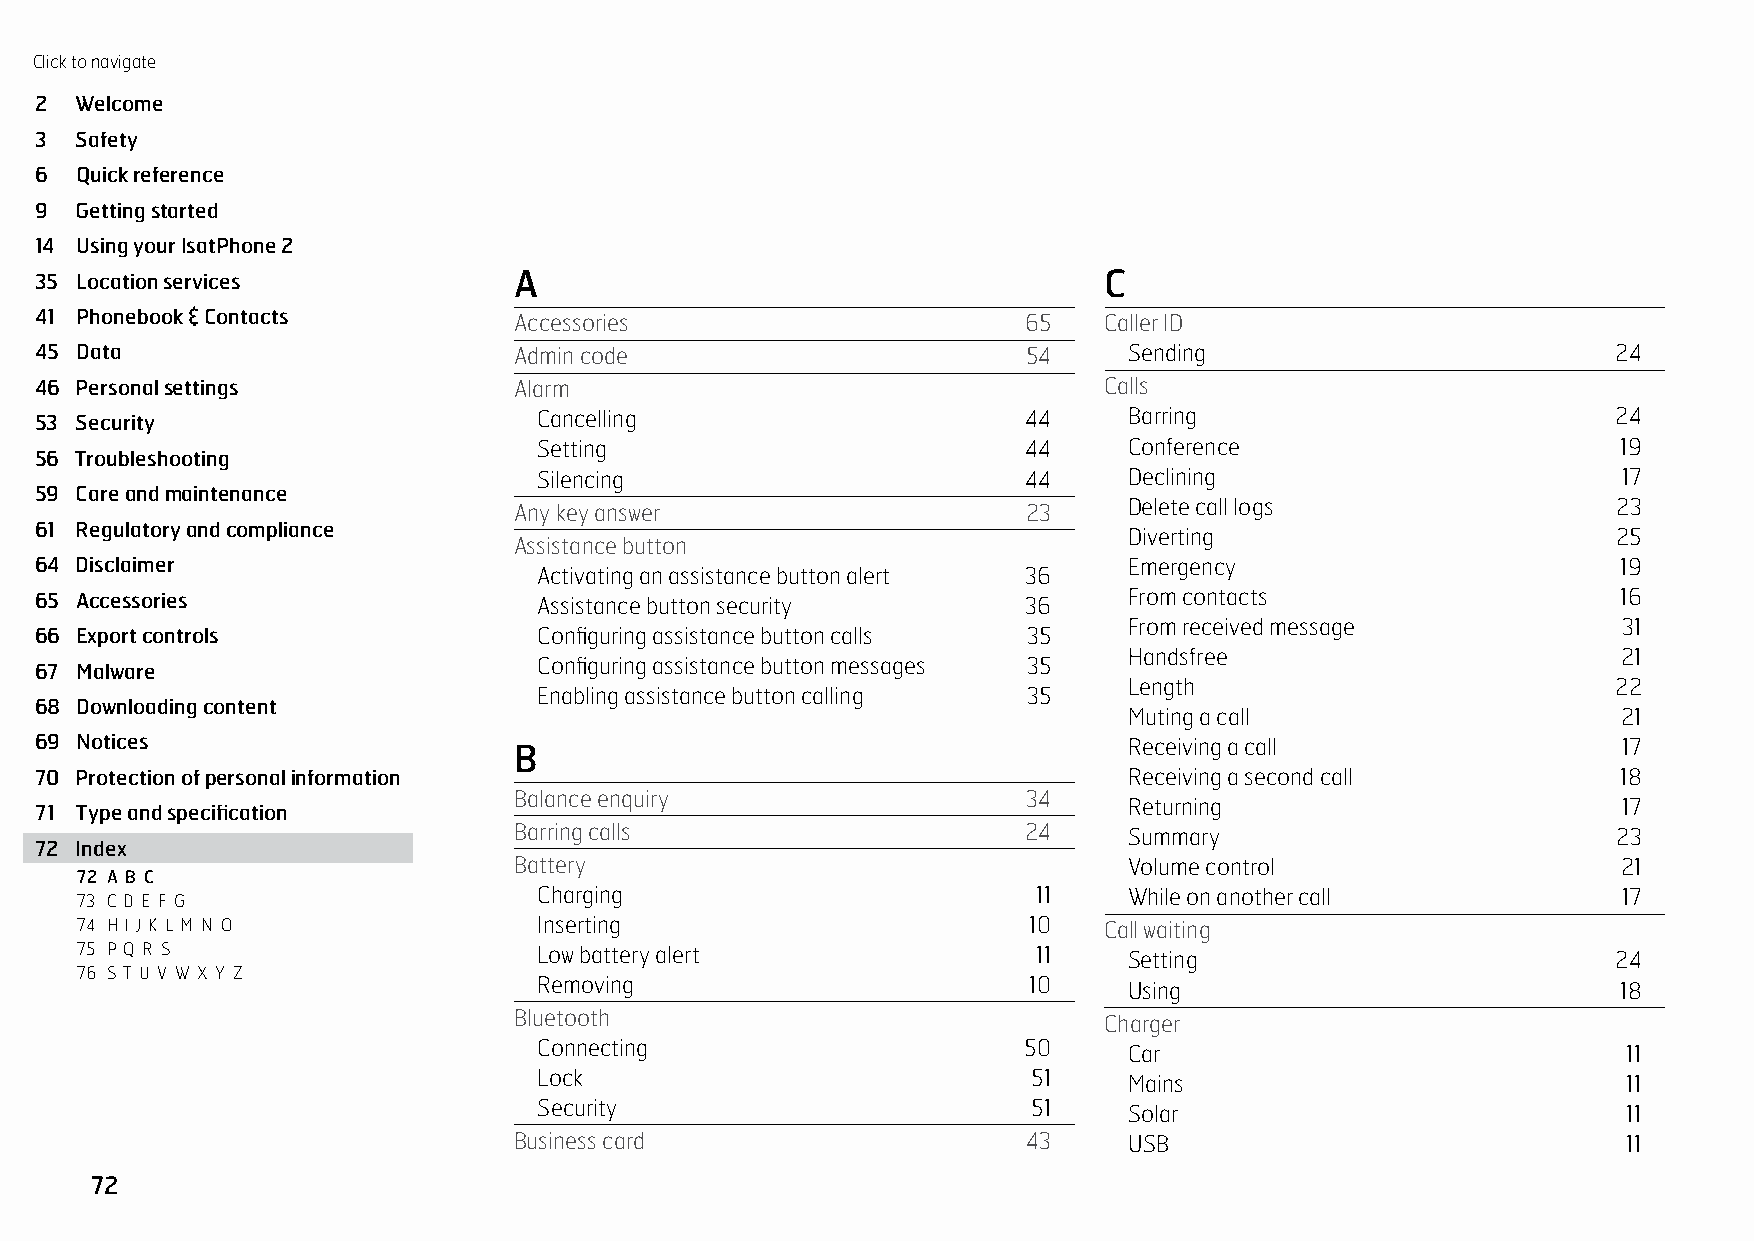
Click to navigate
 INDEX
 2  Welcome
 3  Safety
 6  Quick reference
 9  Getting started
 14 Using your IsatPhone 2
 35 Location services            A                                      C
 41 Phonebook & Contacts         Accessories                       65   Caller ID
 45 Data                         Admin code                        54     Sending                         24
 46 Personal settings            Alarm                                  Calls
 A  B C
 53 Security                       Cancelling                      44     Barring                         24
 Setting                         44     Conference                      19
 56 Troubleshooting
 Silencing                       44     Declining                       17
 59 Care and maintenance
 Any key answer                    23     Delete call logs                23
 61 Regulatory and compliance
 Diverting                       25
 Assistance button
 64 Disclaimer                                                            Emergency                       19
 Activating an assistance button alert 36
 65 Accessories                    Assistance button security      36     From contacts                   16
 From received message           31
 66 Export controls                Configuring assistance button calls 35
 Handsfree                       21
 Configuring assistance button messages 35
 67 Malware
 Length                          22
 Enabling assistance button calling 35
 68 Downloading content
 Muting a call                   21
 69 Notices                      B                                        Receiving a call                17
 70 Protection of personal information                                    Receiving a second call         18
 Balance enquiry                   34
 Returning                       17
 71 Type and specification
 Barring calls                     24     Summary                         23
 72 Index
 Battery                                  Volume control                  21
 72 A B C
 73 C D E F G                   Charging                         11    While on another call           17
 74 H I J K L M N O             Inserting                       10   Call waiting
 75 P Q R S                     Low battery alert                11    Setting                         24
 76 S T U V W X Y Z
 Removing                        10     Using                           18
 Bluetooth                              Charger
 Connecting                      50     Car                              11
 Lock                            51     Mains                            11
 Security                        51     Solar                            11
 Business card                     43     USB                              11
 72